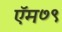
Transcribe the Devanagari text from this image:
ऍम७९